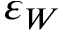
\varepsilon _ { W }